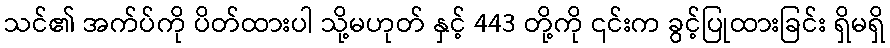
သင်၏ အက်ပ်ကို ပိတ်ထားပါ သို့မဟုတ် နှင့် 443 တို့ကို ၎င်းက ခွင့်ပြုထားခြင်း ရှိမရှိ